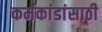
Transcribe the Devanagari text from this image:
कर्मकांडांसाठी